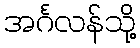
အင်္ဂလန်သို့